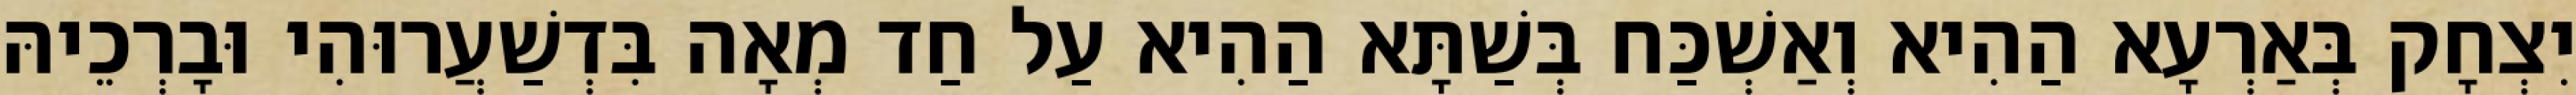
יִצְחָק בְּאַרְעָא הַהִיא וְאַשְׁכַּח בְּשַׁתָּא הַהִיא עַל חַד מְאָה בִּדְשַׁעֲרוּהִי וּבָרְכֵיהּ